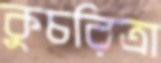
কুচরিত্রা